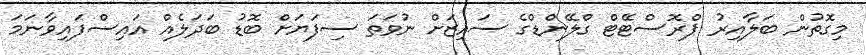
މިގޮތުން ބަލާއިރު ޕްރޮސްޓޭޓް ގްލޭންޑްގެ ސައިޒަށް ނުވަތަ ސިފަޔަށް ބޮޑު ބަދަލެއް އައިސްފައިވާނަމަ